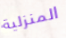
المنزلية